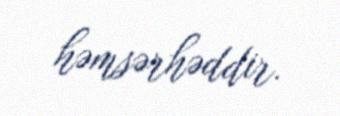
həmsərhəddir.